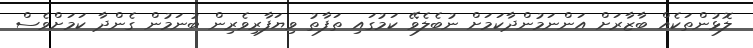
ލޮޅުންތަކެއް ބާޒާރަށް އަންނަމުންދާކަމަށް ނުބެލެވޭ ކަމުގައި ތަފާތު ވިޔަފާރިވެރިން ބުނަމުން ގެންދާ ކަމަށްވެސް